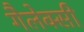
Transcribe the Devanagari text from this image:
गैलेक्‍सी